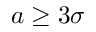
a \geq 3 \sigma